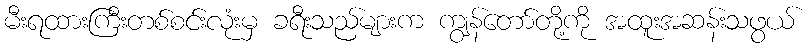
မီးရထားကြီးတစ်စင်းလုံးမှ ခရီးသည်များက ကျွန်တော်တို့ကို အထူးအဆန်းသဖွယ်